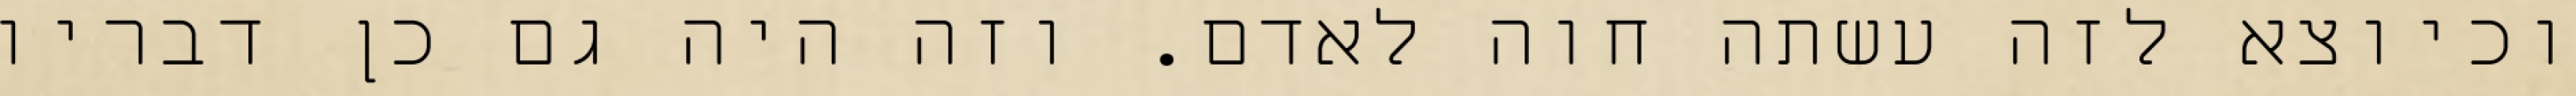
וכיוצא לזה עשתה חוה לאדם. וזה היה גם כן דבריו